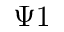
\Psi 1